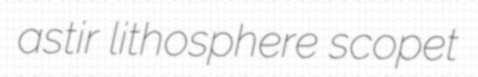
astir lithosphere scopet